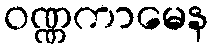
ဝဏ္ဏကာမေန